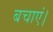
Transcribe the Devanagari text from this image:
बचाएं।